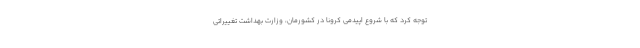
توجه کرد که با شروع اپیدمی کرونا در کشورمان، وزارت بهداشت تغییراتی